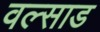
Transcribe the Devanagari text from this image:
वल्साड